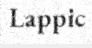
Lappic